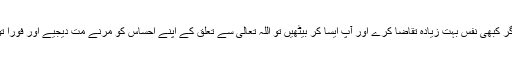
تاہم پھر بھی اگر کبھی نفس بہت زیادہ تقاضا کرے اور آپ ایسا کر بیٹھیں تو اللہ تعالی سے تعلق کے اپنے احساس کو مرنے مت دیجیے اور فوراً توبہ کر لیجیے۔